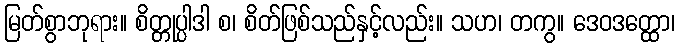
မြတ်စွာဘုရား။ စိတ္တုပ္ပါဒါ စ၊ စိတ်ဖြစ်သည်နှင့်လည်း။ သဟ၊ တကွ။ ဒေဝဒတ္ထော၊